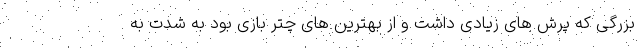
بزرگی که پرش های زیادی داشت و از بهترین های چتر بازی بود به شدت به